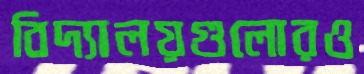
বিদ্যালয়গুলোরও